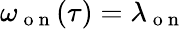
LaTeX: \omega_{\mathrm{~o~n~}}(\tau)=\lambda_{\mathrm{~o~n~}}